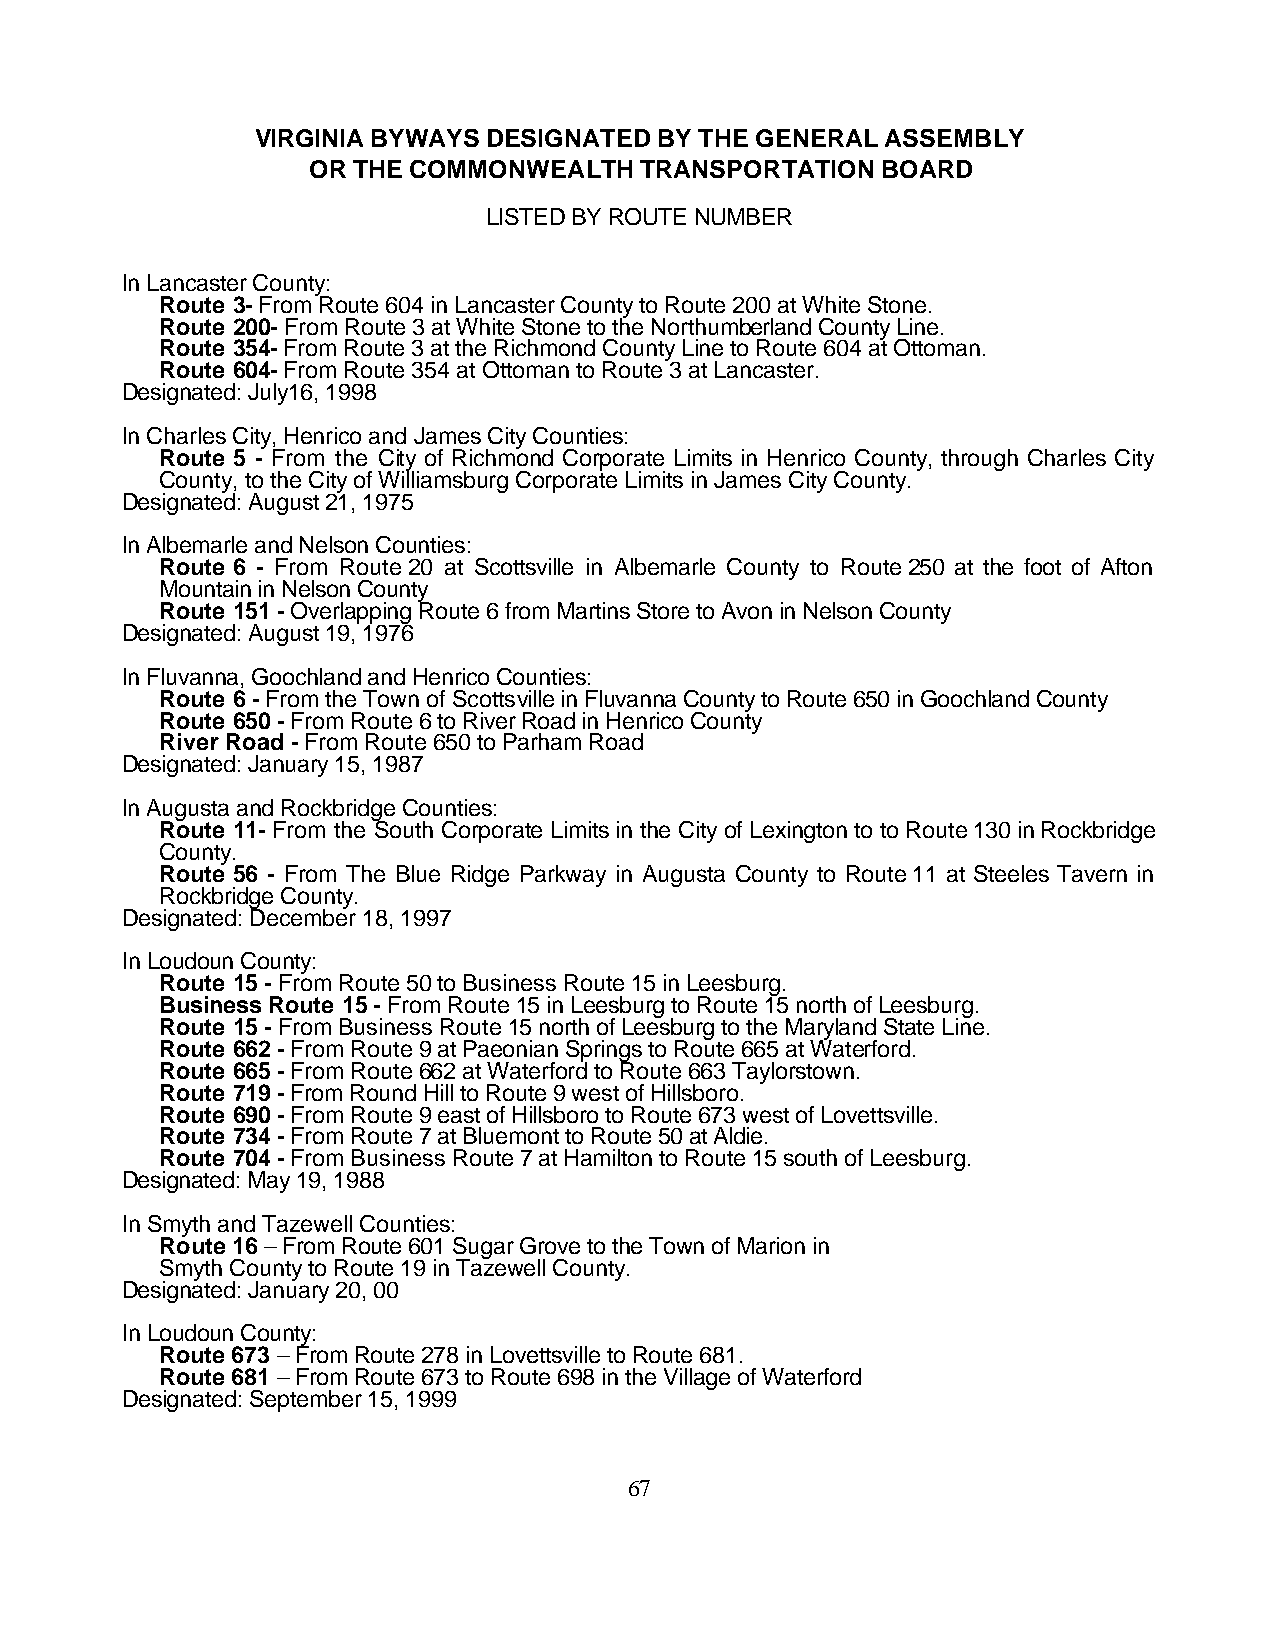
VIRGINIA BYWAYS DESIGNATED BY THE GENERAL ASSEMBLY
 OR THE COMMONWEALTH   TRANSPORTATION  BOARD
 LISTED BY ROUTE NUMBER
 In Lancaster County:
 Route 3- From Route 604 in Lancaster County to Route 200 at White Stone.
 Route 200- From Route 3 at White Stone to the Northumberland County Line.
 Route 354- From Route 3 at the Richmond County Line to Route 604 at Ottoman.
 Route 604- From Route 354 at Ottoman to Route 3 at Lancaster.
 Designated: July16, 1998
 In Charles City, Henrico and James City Counties:
 Route 5 - From the City of Richmond Corporate Limits in Henrico County, through Charles City
 County, to the City of Williamsburg Corporate Limits in James City County.
 Designated: August 21, 1975
 In Albemarle and Nelson Counties:
 Route 6 - From Route 20 at Scottsville in Albemarle County to Route 250 at the foot of Afton
 Mountain in Nelson County
 Route 151 - Overlapping Route 6 from Martins Store to Avon in Nelson County
 Designated: August 19, 1976
 In Fluvanna, Goochland and Henrico Counties:
 Route 6 - From the Town of Scottsville in Fluvanna County to Route 650 in Goochland County
 Route 650 - From Route 6 to River Road in Henrico County
 River Road - From Route 650 to Parham Road
 Designated: January 15, 1987
 In Augusta and Rockbridge Counties:
 Route 11- From the South Corporate Limits in the City of Lexington to to Route 130 in Rockbridge
 County.
 Route 56 - From The Blue Ridge Parkway in Augusta County to Route 11 at Steeles Tavern in
 Rockbridge County.
 Designated: December 18, 1997
 In Loudoun County:
 Route 15 - From Route 50 to Business Route 15 in Leesburg.
 Business Route 15 - From Route 15 in Leesburg to Route 15 north of Leesburg.
 Route 15 - From Business Route 15 north of Leesburg to the Maryland State Line.
 Route 662 - From Route 9 at Paeonian Springs to Route 665 at Waterford.
 Route 665 - From Route 662 at Waterford to Route 663 Taylorstown.
 Route 719 - From Round Hill to Route 9 west of Hillsboro.
 Route 690 - From Route 9 east of Hillsboro to Route 673 west of Lovettsville.
 Route 734 - From Route 7 at Bluemont to Route 50 at Aldie.
 Route 704 - From Business Route 7 at Hamilton to Route 15 south of Leesburg.
 Designated: May 19, 1988
 In Smyth and Tazewell Counties:
 Route 16 – From Route 601 Sugar Grove to the Town of Marion in
 Smyth County to Route 19 in Tazewell County.
 Designated: January 20, 00
 In Loudoun County:
 Route 673 – From Route 278 in Lovettsville to Route 681.
 Route 681 – From Route 673 to Route 698 in the Village of Waterford
 Designated: September 15, 1999
 67